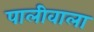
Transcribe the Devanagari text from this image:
पालीवाला